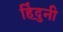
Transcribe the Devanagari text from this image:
हिंदुनी